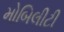
મોબિલીટી